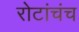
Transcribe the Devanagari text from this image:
रोटांचंच